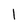
Character: 1